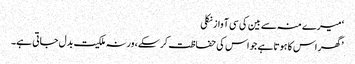
‘ میرے منہ سے بین کی سی آواز نکلی
’گھر اس کا ہوتا ہے جو اس کی حفاظت کر سکے، ورنہ ملکیت بدل جاتی ہے۔